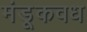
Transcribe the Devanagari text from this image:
मंडूकवध